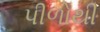
પીળોથી